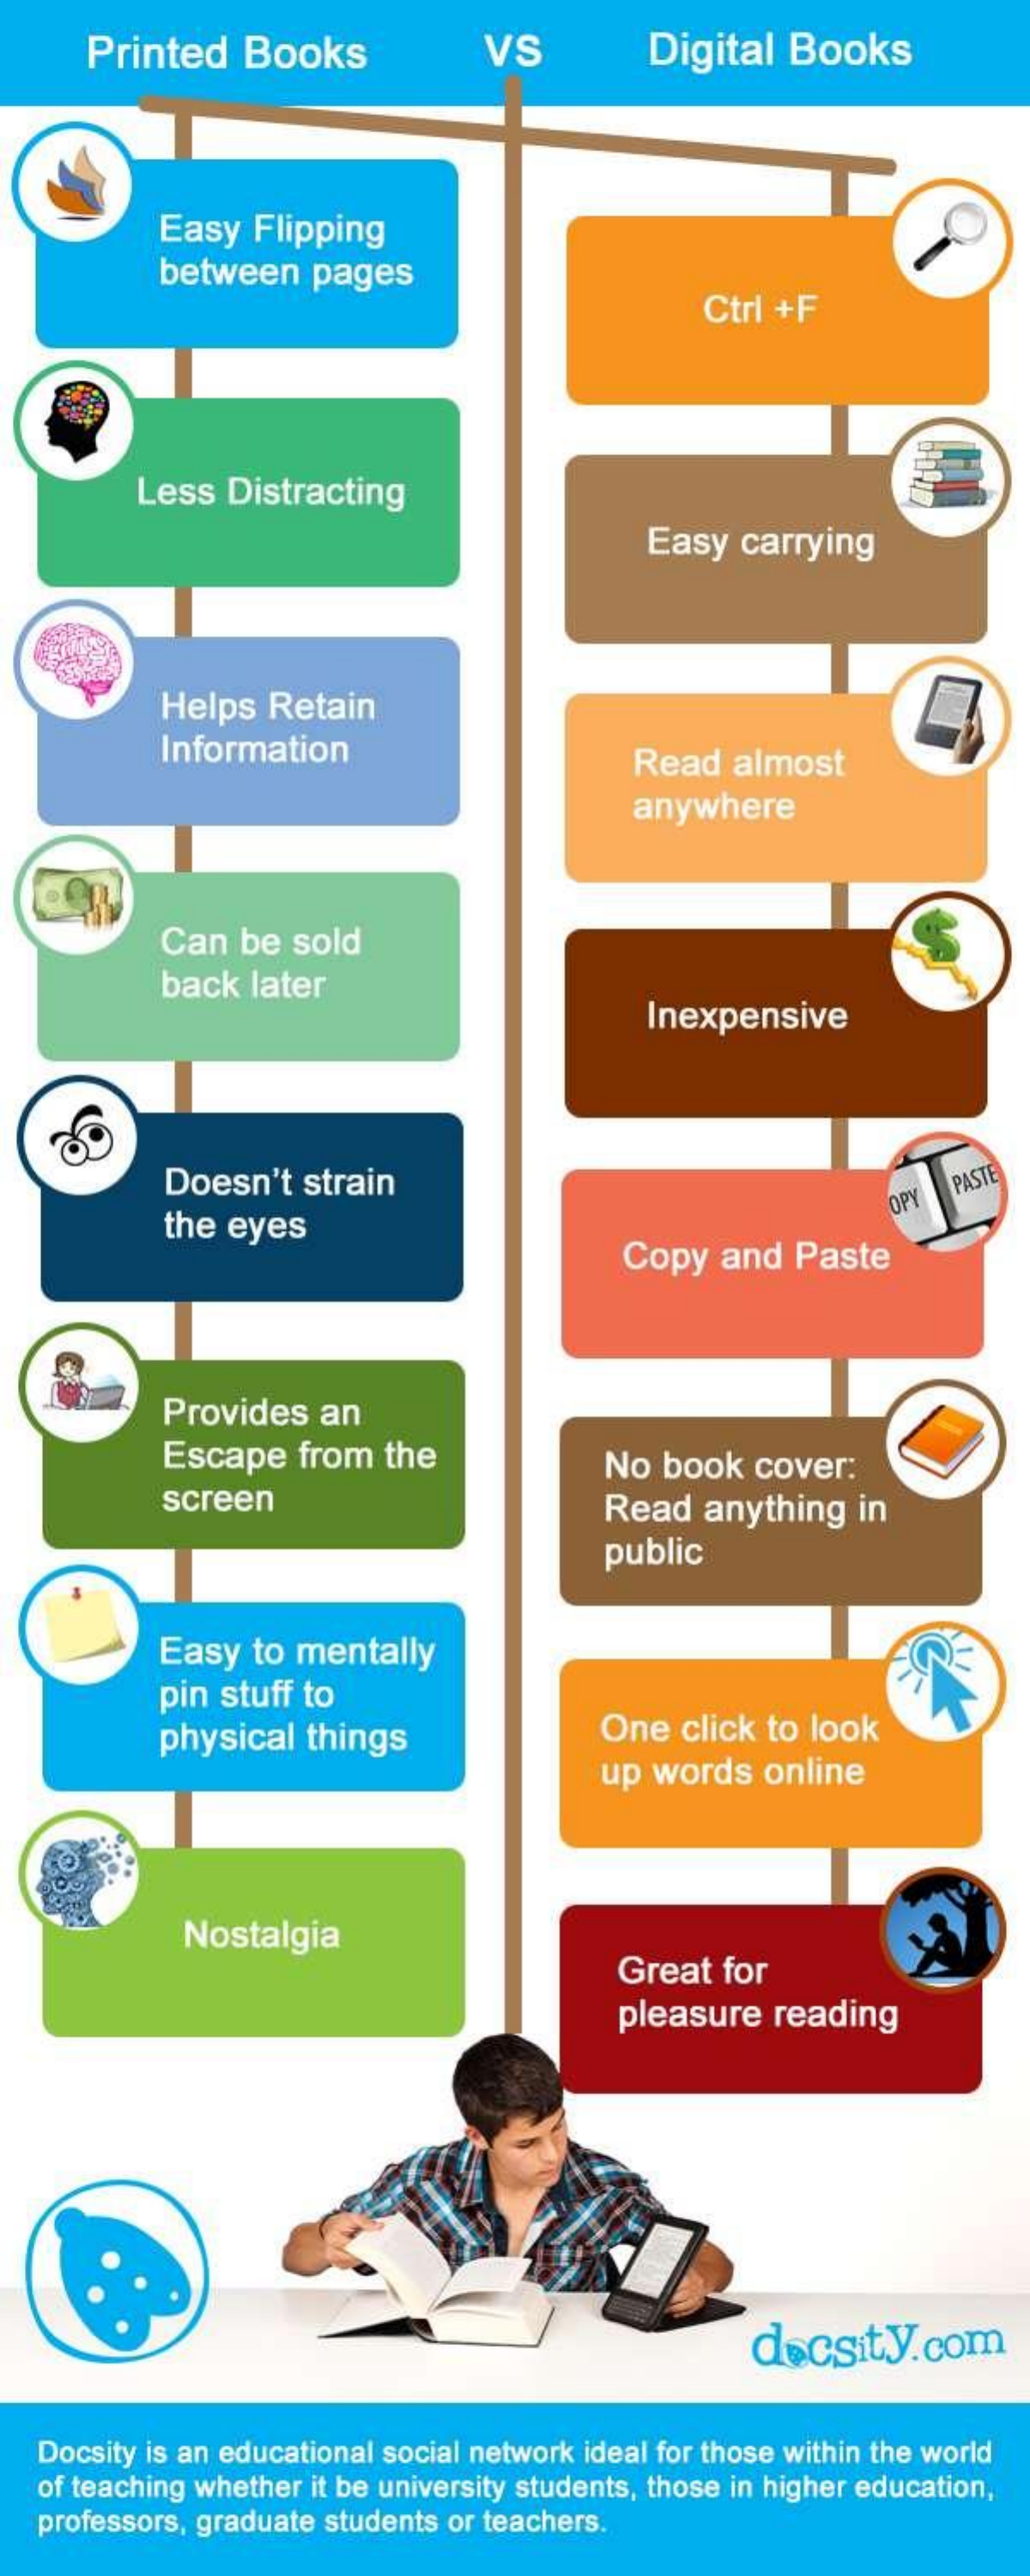
Printed   Books    VS    Digital  Books
     Easy  Flipping
     between   pages
     Ctrl +F
     Less  Distracting
     Easy  carrying
     Helps  Retain
     Information    Read  almost
     anywhere
     Can  be sold
     back later
     Inexpensive
     Doesn't  strain    PASTE
     the eyes
     OPY
     Copy   and Paste
     Provides  an
     Escape   from the    No  book  cover:
     screen    Read  anything  in
     public
     Easy  to mentally
     pin stuff to
     physical things    One  click to look
     up words  online
     Nostalgia
     Great  for
     pleasure  reading
     docsity.com
   Docsity is an educational social network ideal for those within the world
   of teaching whether it be university students, those in higher education,
   professors, graduate students or teachers.